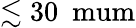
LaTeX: \lesssim 30~\mathrm{\ mum}